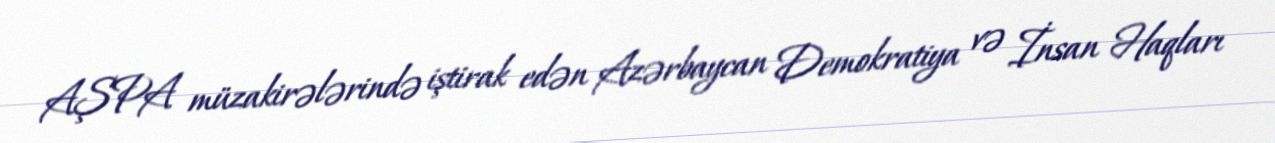
AŞPA müzakirələrində iştirak edən Azərbaycan Demokratiya və İnsan Haqları